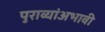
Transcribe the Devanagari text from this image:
पुराव्यांअभावी